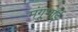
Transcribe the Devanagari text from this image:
मंगूभाई